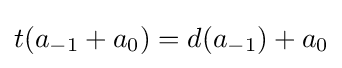
t(a_{-1}+a_{0})=d(a_{-1})+a_{0}